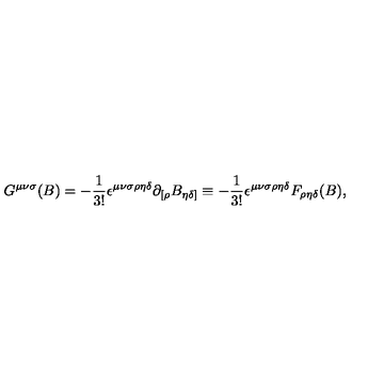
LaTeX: G ^ { { \mu } { \nu } { \sigma } } ( B ) = - { \frac { 1 } { 3 ! } } { \epsilon } ^ { { \mu } { \nu } { \sigma } { \rho } { \eta } { \delta } } { \partial } _ { [ { \rho } } B _ { { \eta } { \delta } ] } \equiv - { \frac { 1 } { 3 ! } } { \epsilon } ^ { { \mu } { \nu } { \sigma } { \rho } { \eta } { \delta } } F _ { { \rho } { \eta } { \delta } } ( B ) ,